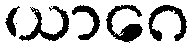
ယာဂေ